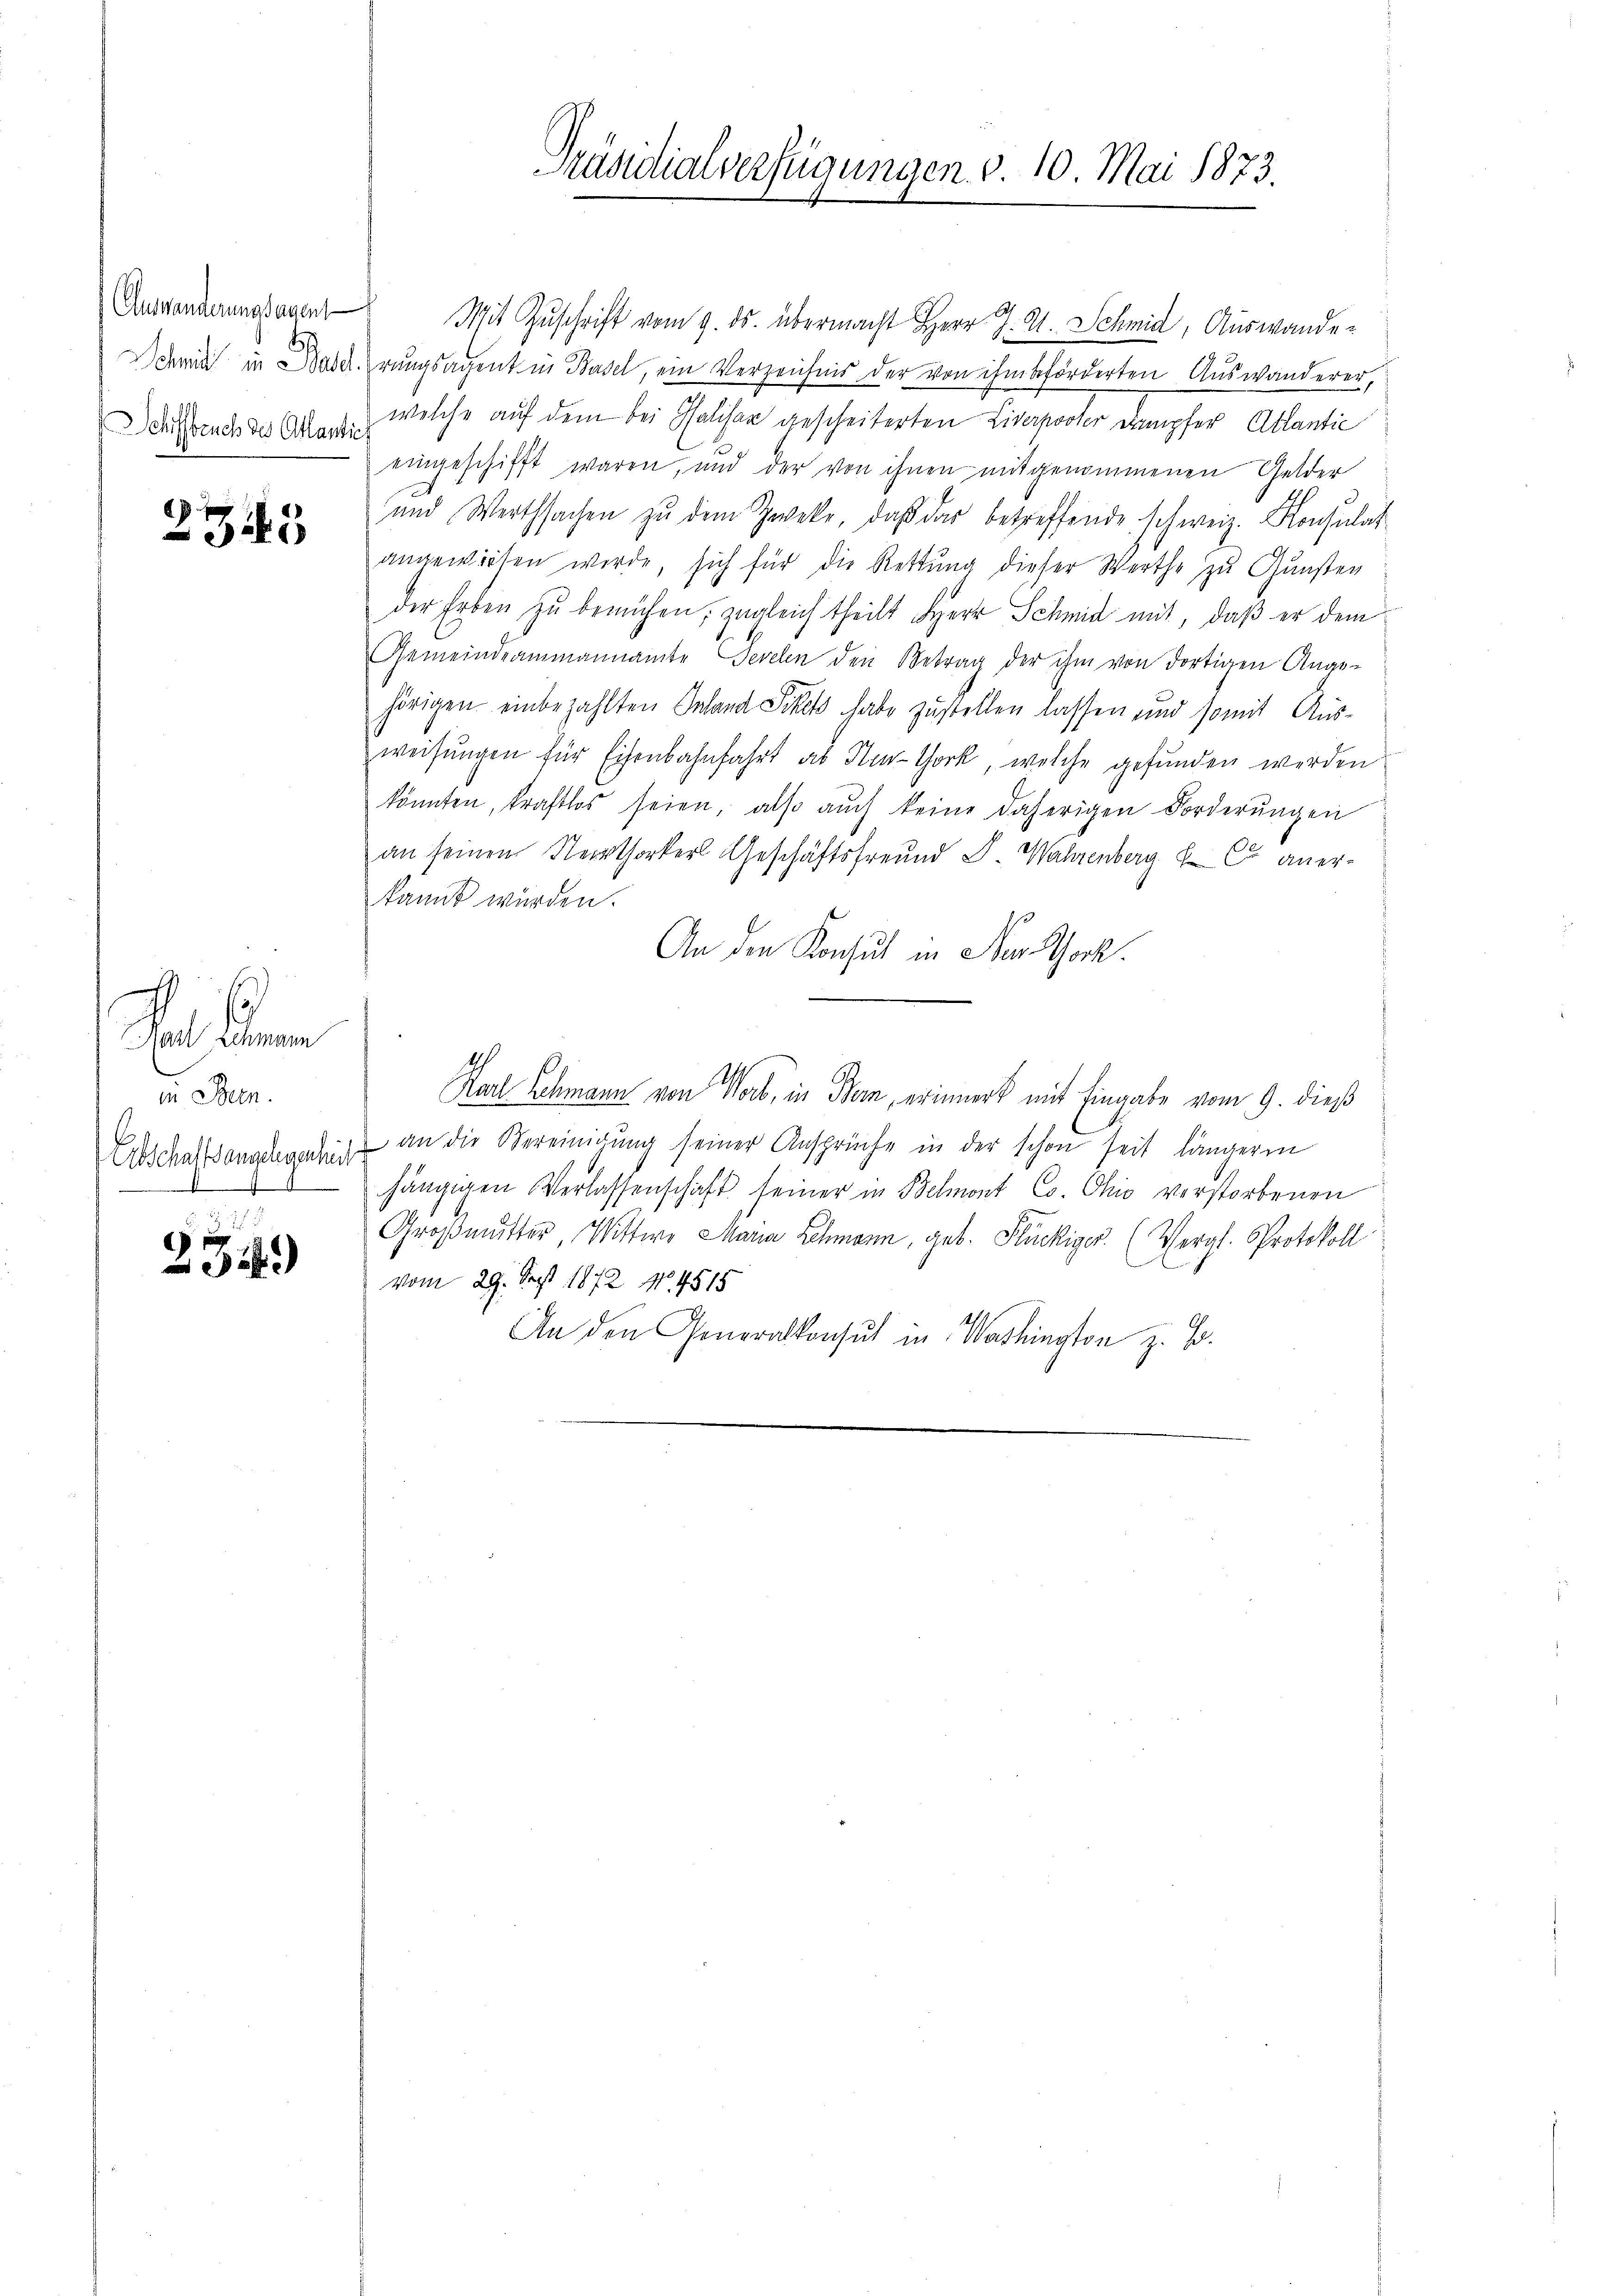
Auswanderungsagen
t
Schiffbruch des Atlantich

2345

Rat keine
in sein.
Erbschaftsangelegenhei

. 327
234.

Präsidialverfügungen d. 10. Mai 1873.

Mit Zuschrift vom 9. ds. übermacht Herr J. A. Schmid, Auswander
chmid in Baderungsagent in Basel, ein Verzeichnis der von ihm beförderten Auswanderer
welche auf dem bei Galiser gescheiterten Lidapooder Dampfer Ablantie
eingeschifft waren, und der von ihnen mitgenommenen Gelder
und Werthsachen zŭ dem Zweke, daβ das betreffende schweiz. Konsulat
angewiesen werde, sich für die Rettung dieser Werthe zu Gunsten
der Erben zŭ berüchen; zugleich theilt Herr Schmid mit, daß er dem
Gemeindeammannamte Sevelen den Betrag der ihm von dortigen Ange-
hörigen einbezahlten Inland Pikek habe zustellen lassen und somit Ausweisŭngen für Eisenbahnfahrt ab Heuthork, welche gefunden werden
könnten, kraftlos seien, also auch keine daherigen Forderungen
an seinen Nerthorker Geschäftsfreund S. Wahrenberg anerkannt würden.
An die Konsul in der Schock.
.
Karl Schmann von Wort, in Bern, erinnert mit Eingabe vom 9. dieß
an die Vereinigŭng seiner Ansprüche in der schon seit längeren
t
hängigen Verlassenschaft seiner in Belmont Co. Ohio verstorbenen
Großmutter, Wittwe Maria Schmann, geb. Flückiger. (Vergl. Protokoll
vom 29. Sept 1872 No 4515
An den Generalkonsul in Washington z. B.